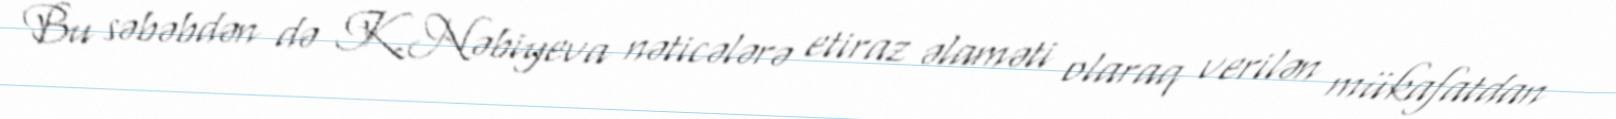
Bu səbəbdən də K.Nəbiyeva nəticələrə etiraz əlaməti olaraq verilən mükafatdan